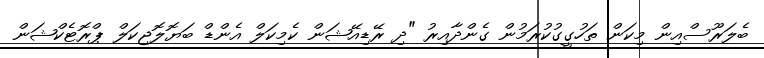
ބެލަރޫސްއިން މިކަން ތަހުގީގުކުރަމުން ގެންދާއިރު "ދި ރޭޑިއޭޝަން ކެމިކަލް އެންޑް ބަޔޮލޮޖިކަލް ޕްރޮޓެކްޝަން